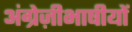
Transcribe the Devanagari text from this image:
अंग्रेज़ीभाषीयों